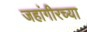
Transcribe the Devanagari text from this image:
जहांगीरच्या